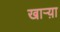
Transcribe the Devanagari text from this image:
खाऱ्य़ा